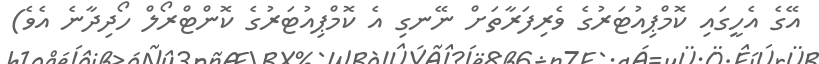
އޭގެ އެހީގައި ކޮމްޕިއުޓަރުގެ ވެރިފަރާތަށް ނޭނގި އެ ކޮމްޕިއުޓަރުގެ ކޮންޓްރޯލް ހޯދިދާނެ އެވެ)